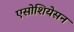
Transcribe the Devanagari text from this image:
एसोशियेसन